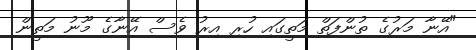
"އޭނާ މަރުގެ ތުންފަތް މަތީގައި ހުރި އިރު ވެސް އޭނާގެ މޫނު މަތީން